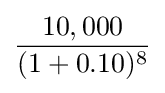
{\frac {10,000}{(1+0.10)^{8}}}